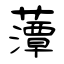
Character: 藫